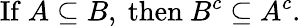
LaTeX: {\mathrm{If~}}A\subseteq B{\mathrm{,~then~}}B^{c}\subseteq A^{c}.